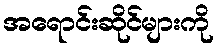
အရောင်းဆိုင်များကို